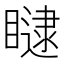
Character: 𥊵